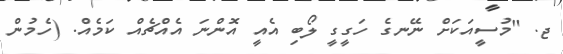
ޖ. "މުސީއަކަށް ނޭނގެ ހަގީގީ ލޯބި އެއީ އޮންނަ އެއްޗެއް ކަމެއް. (ހެމުން